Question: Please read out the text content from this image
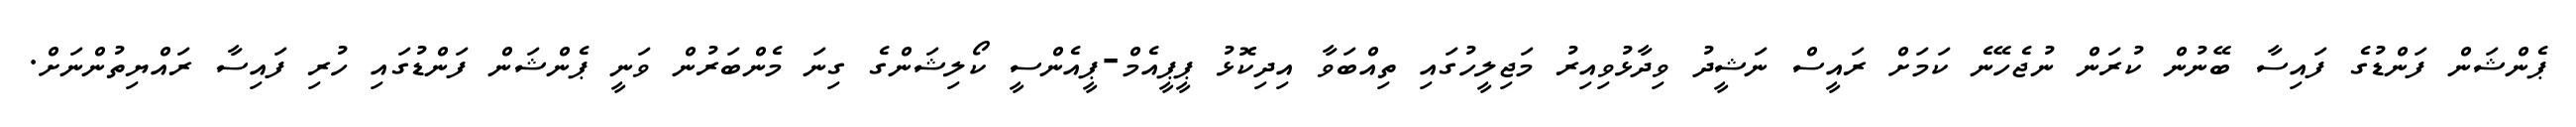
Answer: ޕެންޝަން ފަންޑުގެ ފައިސާ ބޭނުން ކުރަން ނުޖެހޭނެ ކަމަށް ރައީސް ނަޝީދު ވިދާޅުވިއިރު މަޖިލީހުގައި ތިއްބަވާ އިދިކޮޅު ޕީޕީއެމް-ޕީއެންސީ ކޯލިޝަންގެ ގިނަ މެންބަރުން ވަނީ ޕެންޝަން ފަންޑުގައި ހުރި ފައިސާ ރައްޔިތުންނަށް.